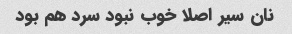
نان سیر اصلا خوب نبود سرد هم بود